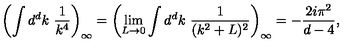
\left( \int d ^ { d } k \ \frac { 1 } { k ^ { 4 } } \right) _ { \infty } = \left( \lim _ { L \to 0 } \int d ^ { d } k \ \frac { 1 } { ( k ^ { 2 } + L ) ^ { 2 } } \right) _ { \infty } = - \frac { 2 i \pi ^ { 2 } } { d - 4 } ,